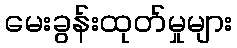
မေးခွန်းထုတ်မှုများ